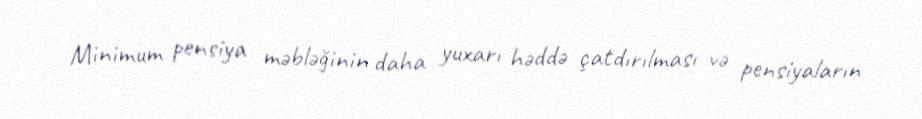
Minimum pensiya məbləğinin daha yuxarı həddə çatdırılması və pensiyaların